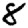
Digit: 8